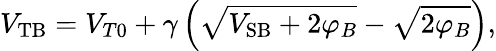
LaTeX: V_{\mathrm{TB}}=V_{T0}+\gamma\left({\sqrt{V_{\mathrm{SB}}+2\varphi_{B}}}-{\sqrt{2\varphi_{B}}}\right),